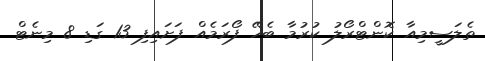
ތެލަސީމިއާ ކޮންޓްރޯލު ކުރުމާ ބެހޭ ފޯރަމެއް ފަށައިފި 13 ގަޑި 8 މިނެޓް